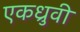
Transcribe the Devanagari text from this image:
एकध्रुवी